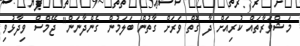
މަޝްވަރާތައް ކުރިއަށް ދާ ގޮތް ވަރަށް ގާތުން ބަލަމުން ގެންދާނަން" ޖޭމްސް ވިދާޅުވި